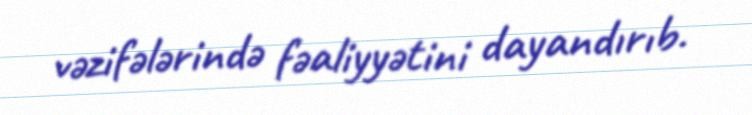
vəzifələrində fəaliyyətini dayandırıb.